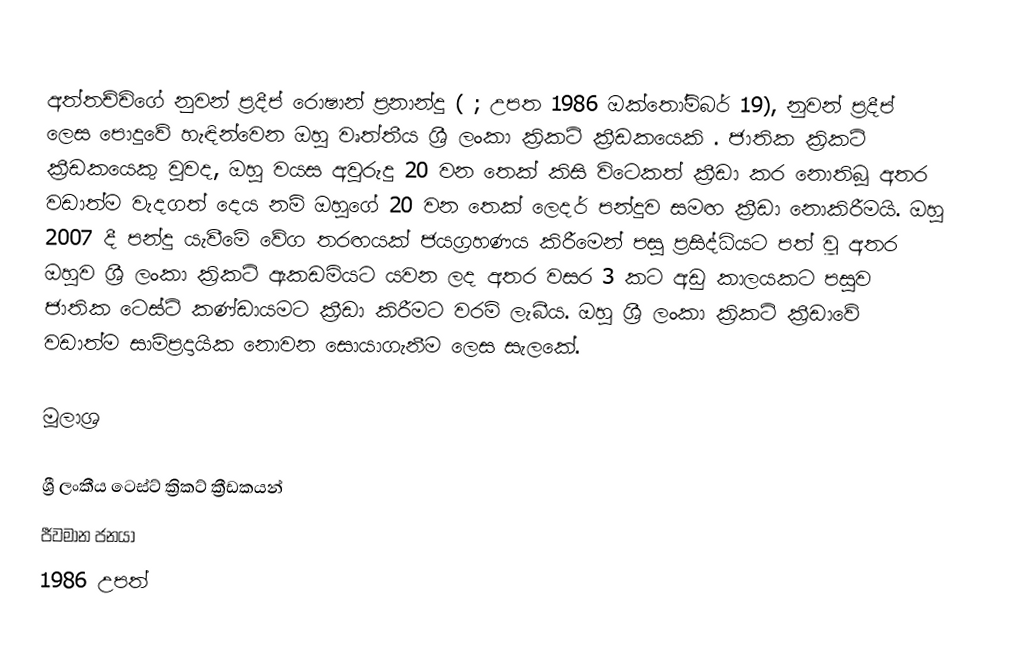
අත්තච්චිගේ නුවන් ප්‍රදීප් රොෂාන් ප්‍රනාන්දු (    ; උපත 1986 ඔක්තෝම්බර් 19), නුවන් ප්‍රදීප් ලෙස පොදුවේ හැඳින්වෙන ඔහු වෘත්තීය ශ්‍රී ලංකා ක්‍රිකට් ක්‍රීඩකයෙකි .  ජාතික ක්‍රිකට් ක්‍රීඩකයෙකු වුවද, ඔහු වයස අවුරුදු 20 වන තෙක් කිසි විටෙකත් ක්‍රීඩා කර නොතිබූ අතර වඩාත්ම වැදගත් දෙය නම් ඔහුගේ 20 වන තෙක් ලෙදර් පන්දුව සමඟ ක්‍රීඩා නොකිරීමයි.   ඔහු 2007 දී පන්දු යැවීමේ වේග තරඟයක් ජයග්‍රහණය කිරීමෙන් පසු ප්‍රසිද්ධියට පත් වූ අතර ඔහුව ශ්‍රී ලංකා ක්‍රිකට් ඇකඩමියට යවන ලද අතර වසර 3 කට අඩු කාලයකට පසුව ජාතික ටෙස්ට් කණ්ඩායමට ක්‍රීඩා කිරීමට වරම් ලැබීය.  ඔහු ශ්‍රී ලංකා ක්‍රිකට් ක්‍රීඩාවේ වඩාත්ම සාම්ප්‍රදායික නොවන සොයාගැනීම ලෙස සැලකේ.

මූලාශ්‍ර

ශ්‍රී ලංකීය ටෙස්ට් ක්‍රිකට් ක්‍රීඩකයන්
ජීවමාන ජනයා
1986 උපත්